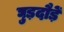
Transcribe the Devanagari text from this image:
घुड़दौड़ें